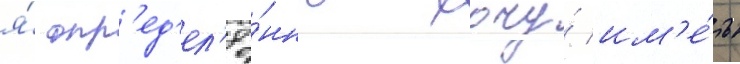
я́ опр'ед'ел'ё́нно хочу́ им'е́ть